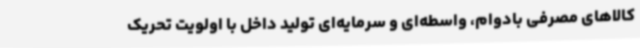
کالاهای مصرفی بادوام، واسطه‌ای و سرمایه‌ای تولید داخل با اولویت تحریک